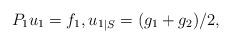
LaTeX: \begin{align*} P_1 u_1 = f_1, {u_1}_{|S} = (g_1 + g_2)/2, \end{align*}